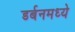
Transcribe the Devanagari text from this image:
डर्बनमध्ये